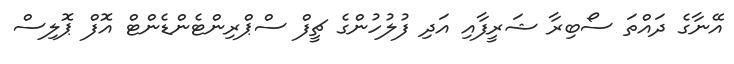
އޭނާގެ ދައްތަ ސޯބިރާ ޝަރީފާއި އަދި ފުލުހުންގެ ޗީފް ސްޕްރިންޓެންޑެންޓް އޮފް ޕޮލިސް